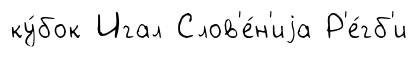
ку́бок Игал Слов'е́н'иjа Р'е́гб'и